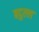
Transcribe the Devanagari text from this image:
बदुल्ल